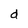
Character: d